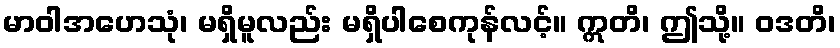
မာဝါအဟေသုံ၊ မရှိမူလည်း မရှိပါစေကုန်လင့်။ ဣတိ၊ ဤသို့။ ဝဒတိ၊